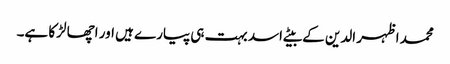
محمد اظہر الدین کے بیٹے اسد بہت ہی پیارے ہیں اور اچھا لڑکا ہے۔